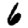
Digit: 6